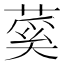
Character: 蒵